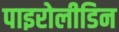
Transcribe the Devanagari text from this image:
पाइरोलीडिन